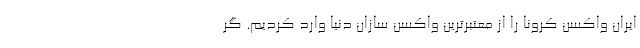
ایران واکسن کرونا را از معتبرترین واکسن سازان دنیا وارد کردیم. گر